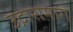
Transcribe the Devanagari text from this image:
उद्गारामागे